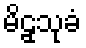
မိဠှသုခံ